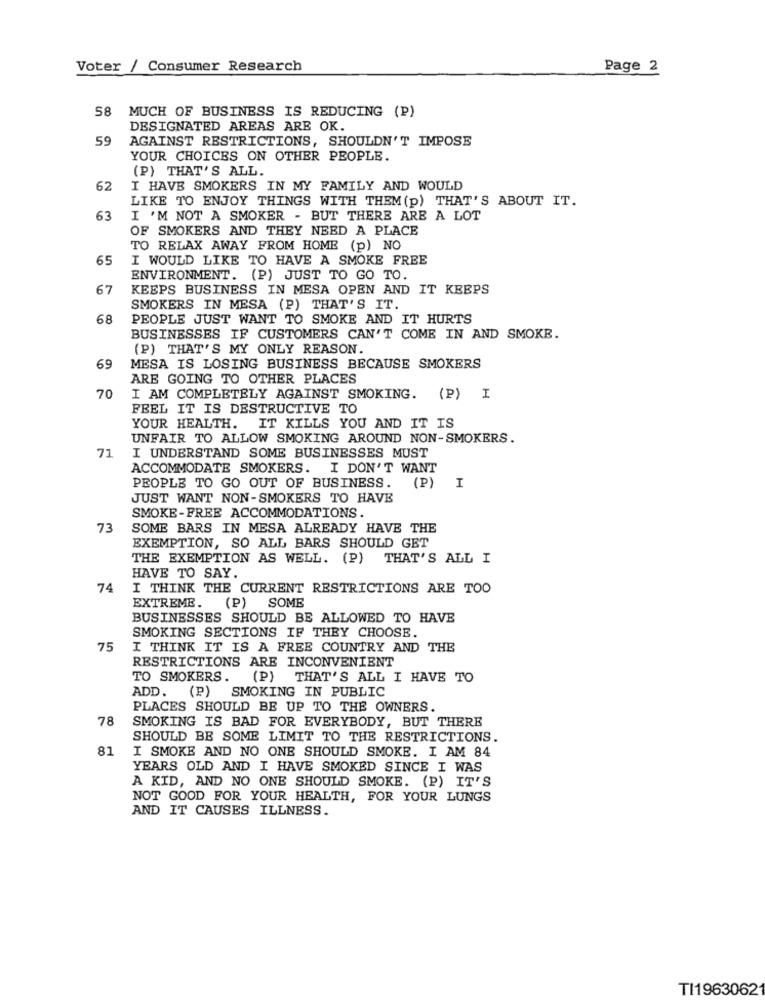
Voter / Consumer Research
Page 2
58
MUCH OF BUSINESS IS REDUCING (P)
DESIGNATED AREAS ARE OK.
59
AGAINST RESTRICTIONS, SHOULDN'T IMPOSE
YOUR CHOICES ON OTHER PEOPLE.
(P) THAT'S ALL.
62
I HAVE SMOKERS IN MY FAMILY AND WOULD
LIKE TO ENJOY THINGS WITH THEM (p) THAT'S ABOUT IT.
63
I 'M NOT A SMOKER - BUT THERE ARE A LOT
OF SMOKERS AND THEY NEED A PLACE
TO RELAX AWAY FROM HOME (p) NO
65
I WOULD LIKE TO HAVE A SMOKE FREE
ENVIRONMENT. (P) JUST TO GO TO.
67
KEEPS BUSINESS IN MESA OPEN AND IT KEEPS
SMOKERS IN MESA (P) THAT'S IT.
68
PEOPLE JUST WANT TO SMOKE AND IT HURTS
BUSINESSES IF CUSTOMERS CAN'T COME IN AND SMOKE.
(P) THAT'S MY ONLY REASON.
69
MESA IS LOSING BUSINESS BECAUSE SMOKERS
ARE GOING TO OTHER PLACES
70
I AM COMPLETELY AGAINST SMOKING. (P) I
FEEL IT IS DESTRUCTIVE TO
YOUR HEALTH. IT KILLS YOU AND IT IS
UNFAIR TO ALLOW SMOKING AROUND NON-SMOKERS.
71
I UNDERSTAND SOME BUSINESSES MUST
ACCOMMODATE SMOKERS. I DON'T WANT
PEOPLE TO GO OUT OF BUSINESS.
(P)
I
JUST WANT NON-SMOKERS TO HAVE
SMOKE-FREE ACCOMMODATIONS.
73
SOME BARS IN MESA ALREADY HAVE THE
EXEMPTION, SO ALL BARS SHOULD GET
THE EXEMPTION AS WELL. (P) THAT'S ALL I
HAVE TO SAY.
74
I THINK THE CURRENT RESTRICTIONS ARE TOO
EXTREME. (P) SOME
BUSINESSES SHOULD BE ALLOWED TO HAVE
SMOKING SECTIONS IF THEY CHOOSE.
75
I THINK IT IS A FREE COUNTRY AND THE
RESTRICTIONS ARE INCONVENIENT
TO SMOKERS.
(P) THAT'S ALL I HAVE TO
SMOKING IN PUBLIC
ADD. (P)
PLACES SHOULD BE UP TO THE OWNERS.
78
SMOKING IS BAD FOR EVERYBODY, BUT THERE
SHOULD BE SOME LIMIT TO THE RESTRICTIONS.
81
I SMOKE AND NO ONE SHOULD SMOKE. I AM 84
YEARS OLD AND I HAVE SMOKED SINCE I WAS
A KID, AND NO ONE SHOULD SMOKE. (P) IT'S
NOT GOOD FOR YOUR HEALTH, FOR YOUR LUNGS
AND IT CAUSES ILLNESS.
TI19630621